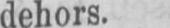
dehors.